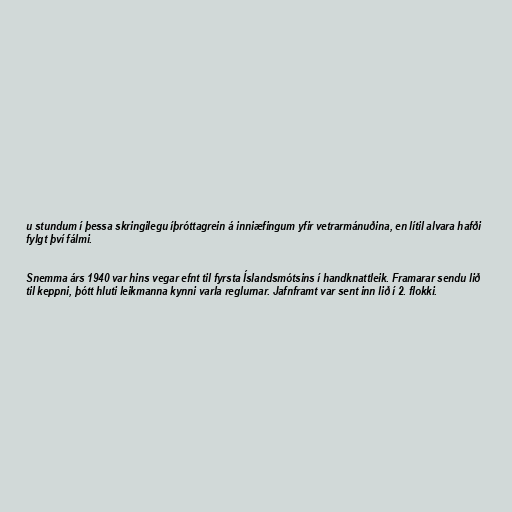
u stundum í þessa skringilegu íþróttagrein á inniæfingum yfir vetrarmánuðina, en lítil alvara hafði
fylgt því fálmi.

Snemma árs 1940 var hins vegar efnt til fyrsta Íslandsmótsins í handknattleik. Framarar sendu lið
til keppni, þótt hluti leikmanna kynni varla reglurnar. Jafnframt var sent inn lið í 2. flokki.